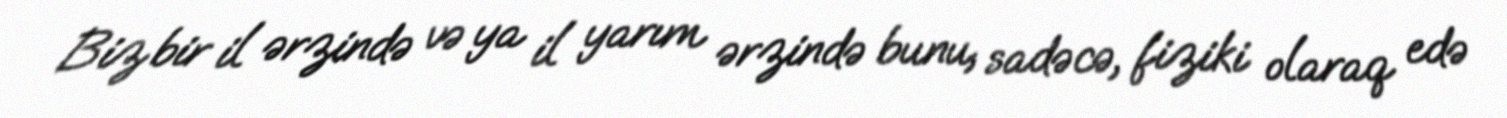
Biz bir il ərzində və ya il yarım ərzində bunu, sadəcə, fiziki olaraq edə